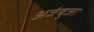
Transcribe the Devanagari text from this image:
अजंबुजा